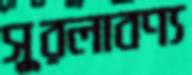
সুরলাবণ্য